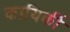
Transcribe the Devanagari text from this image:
कायिर्की